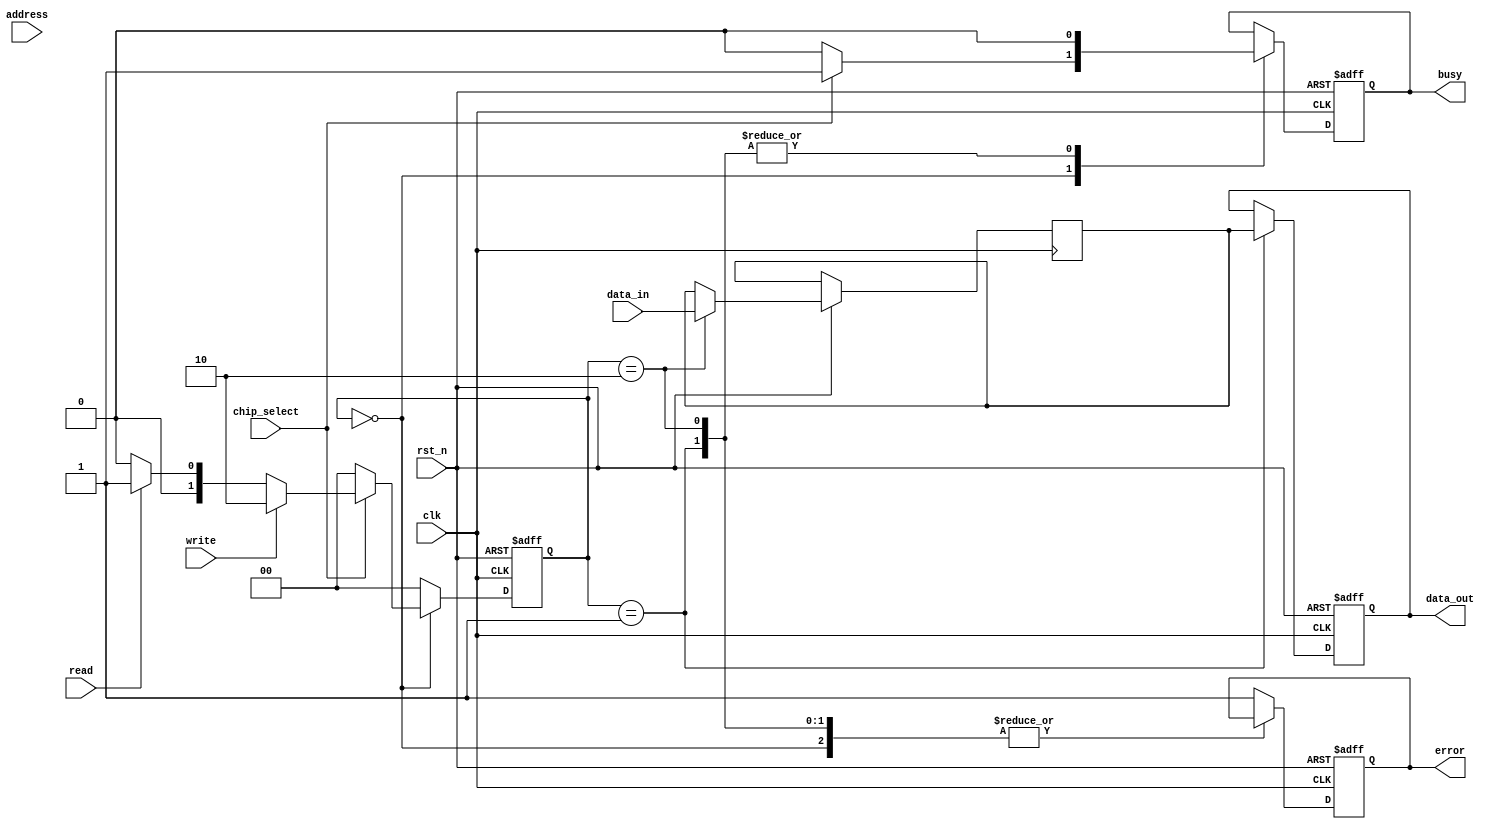
module io_block_parallel_flash (
    input wire clk,
    input wire rst_n,
    input wire [n-1:0] data_in,           // Parallel data input
    output reg [n-1:0] data_out,          // Parallel data output
    input wire [addr_width-1:0] address,  // Address for read/write
    input wire read,                       // Read control signal
    input wire write,                      // Write control signal
    input wire chip_select,                // Chip select
    output reg busy,                       // Busy signal
    output reg error                       // Error signal
);

// Parameters
parameter n = 8;                  // Number of data lines
parameter addr_width = 10;       // Address width
parameter IDLE = 2'b00,          // FSM states
          READ = 2'b01,
          WRITE = 2'b10,
          ERASE = 2'b11;

reg [1:0] state, next_state;    // FSM state registers
reg [n-1:0] data_buffer;         // Buffer for data handling

// FSM for control logic
always @(posedge clk or negedge rst_n) begin
    if (!rst_n)
        state <= IDLE;
    else
        state <= next_state;
end

// Next state logic
always @(*) begin
    case(state)
        IDLE: begin
            if(chip_select) begin
                if(write)
                    next_state = WRITE;
                else if(read)
                    next_state = READ;
                else
                    next_state = IDLE;
            end
            else begin
                next_state = IDLE;
            end
        end
        READ: begin
            next_state = IDLE; // Return to IDLE after read
        end
        WRITE: begin
            next_state = IDLE; // Return to IDLE after write
        end
        default: next_state = IDLE; // Fallback
    endcase
end

// Output logic
always @(posedge clk or negedge rst_n) begin
    if (!rst_n) begin
        data_out <= 0;
        busy <= 0;
        error <= 0;
    end
    else begin
        case(state)
            IDLE: begin
                busy <= 0;
                if(chip_select) begin
                    busy <= 1;
                end
            end
            READ: begin
                // Simulate read operation
                // This would typically retrieve data from memory
                data_out <= data_buffer; // Replace with actual memory read
                busy <= 0;
            end
            WRITE: begin
                // Simulate write operation
                // This would typically write data to memory
                data_buffer <= data_in; // Replace with actual memory write
                busy <= 0;
            end
            default: begin
                error <= 1; // Set error on undefined state
            end
        endcase
    end
end

// Additional features such as error detection, timing control,
// power management, and detailed memory management would be implemented here.

endmodule